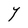
Character: Y